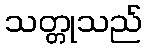
သတ္တုသည်